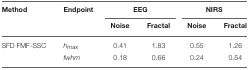
<table><thead><tr><td><b>Method</b></td><td><b>Endpoint</b></td><td colspan="2"><b>EEG</b></td><td colspan="2"><b>NIRS</b></td></tr><tr><td></td><td></td><td><b>Noise</b></td><td><b>Fractal</b></td><td><b>Noise</b></td><td><b>Fractal</b></td></tr></thead><tbody><tr><td>SFD FMF-SSC</td><td><i>h<sub>max</sub></i></td><td>0.41</td><td>1.83</td><td>0.55</td><td>1.26</td></tr><tr><td></td><td><i>fwhm</i></td><td>0.18</td><td>0.66</td><td>0.24</td><td>0.54</td></tr></tbody></table>